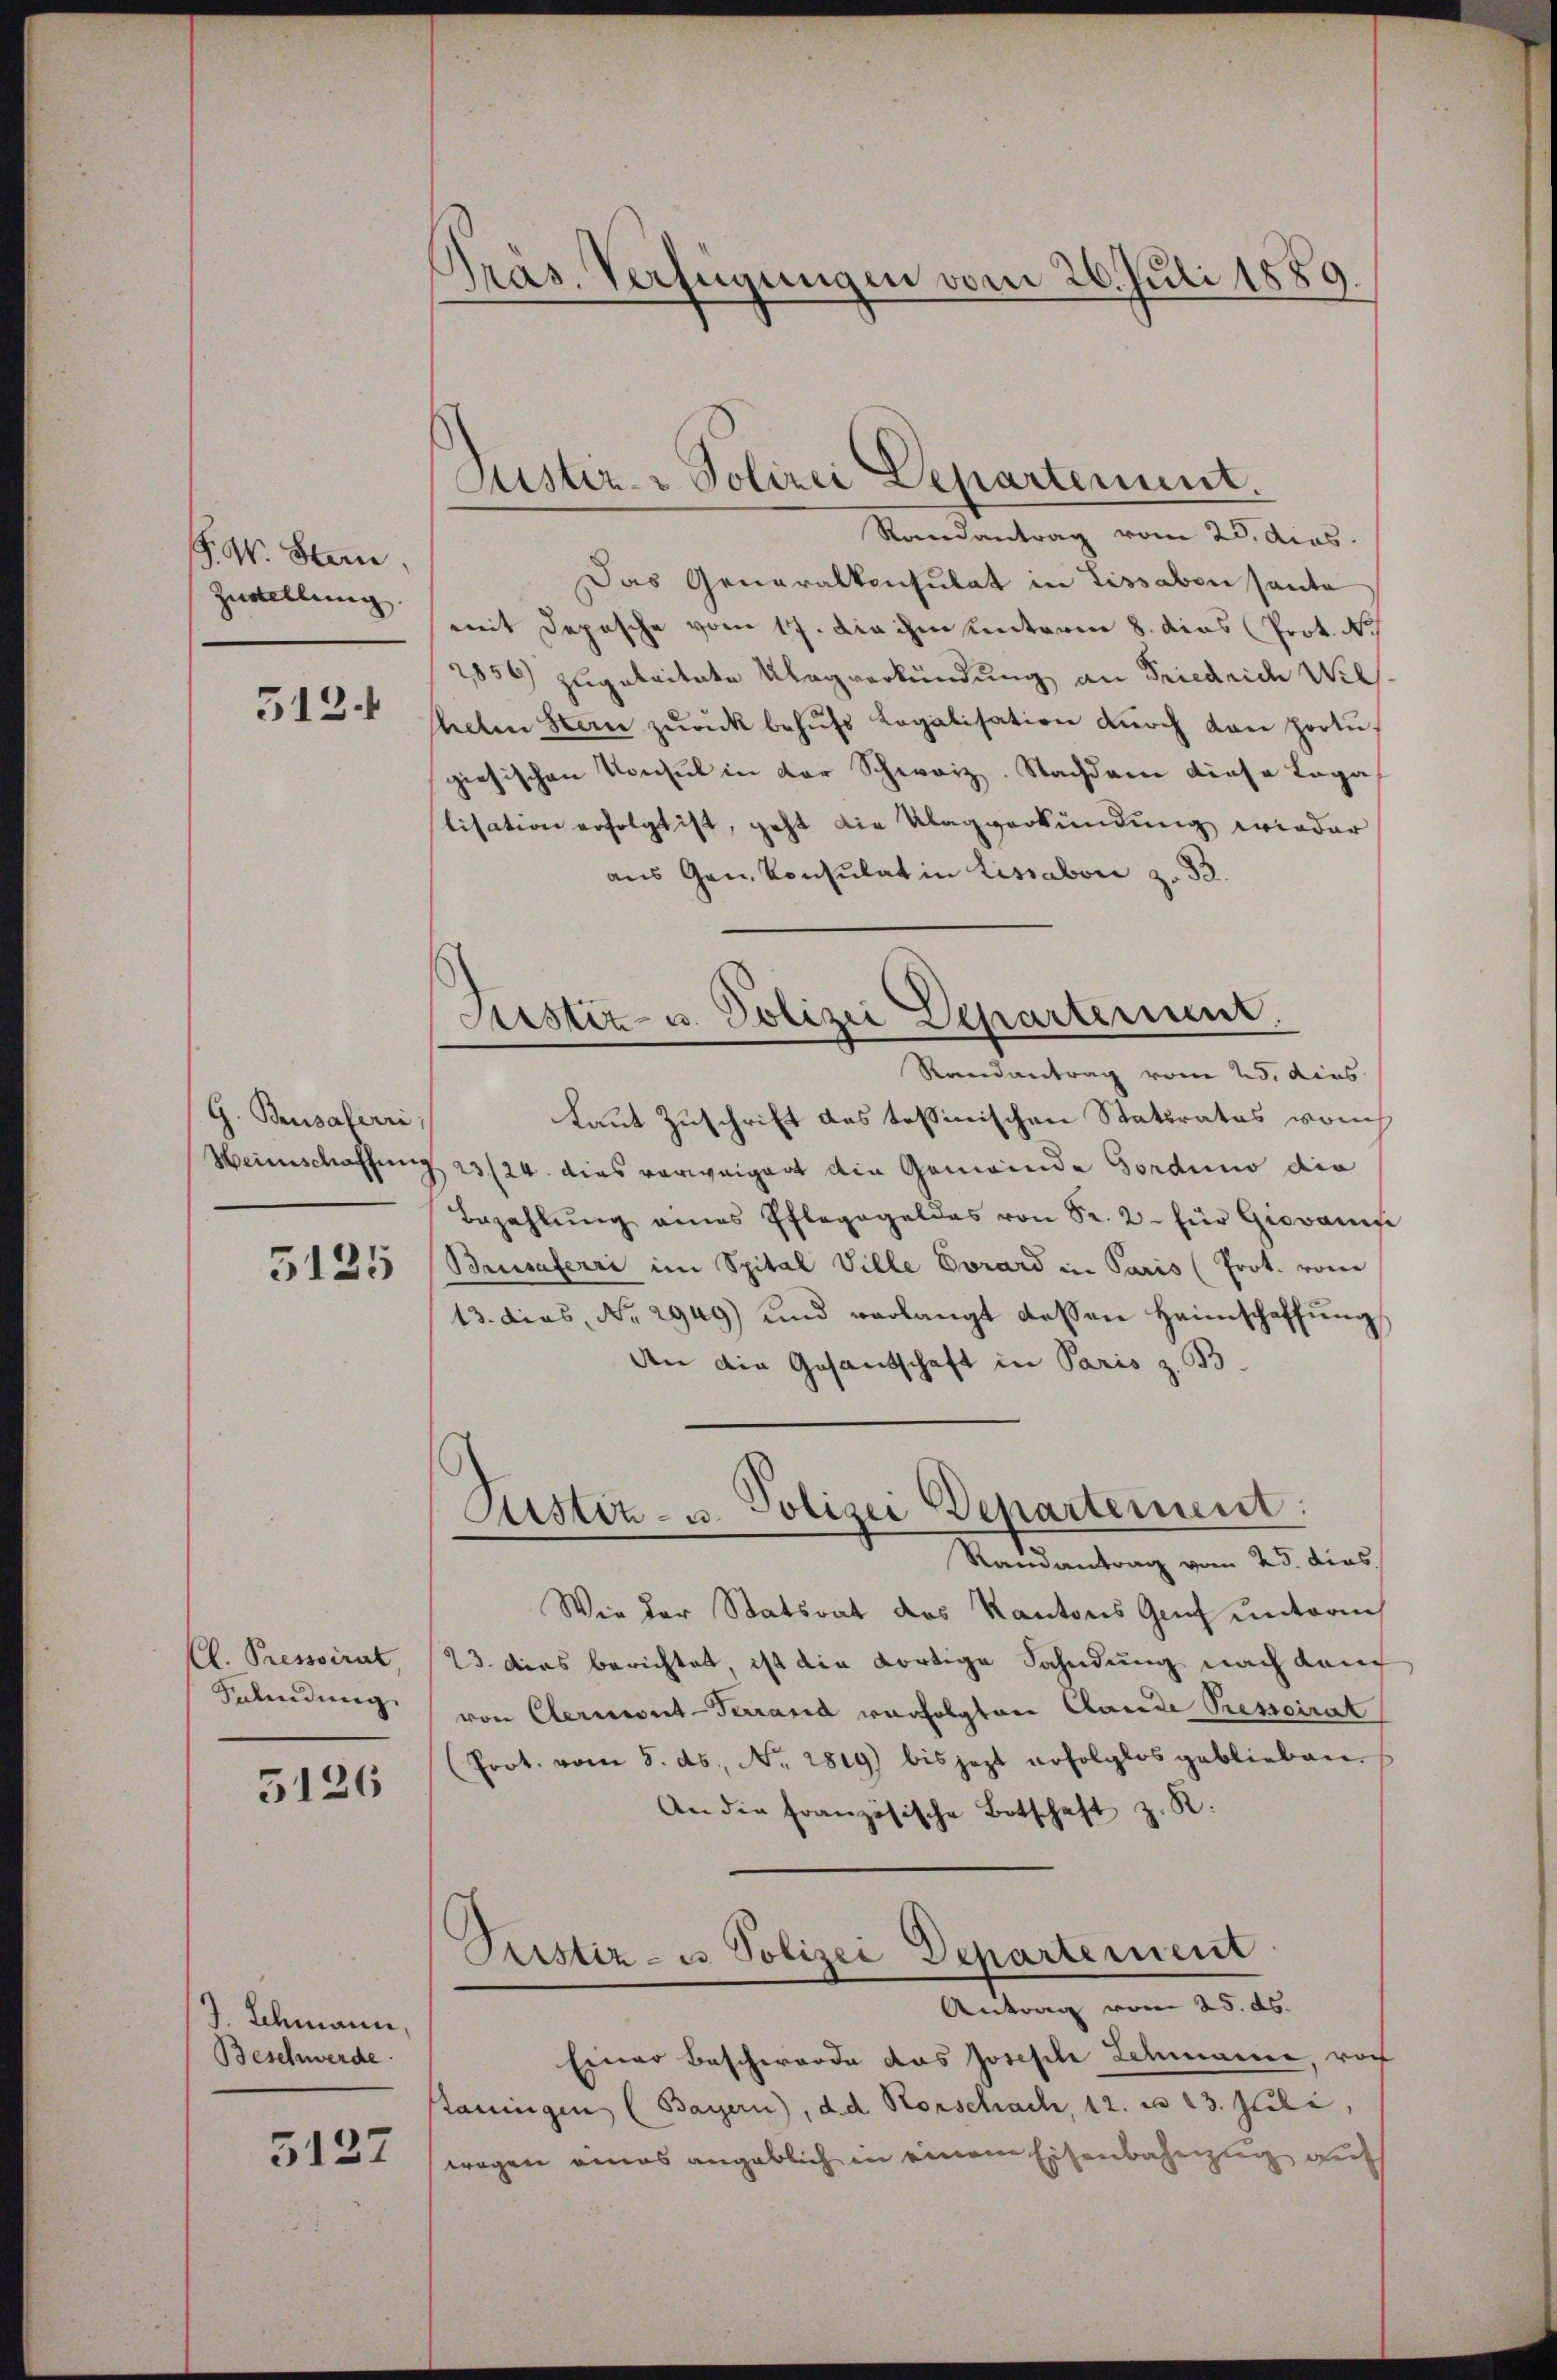
F. W. Stern.
Zustellung

512.

G. Brusaferri
Heinschaffung

5125

Cl. Pressirat,
Selindung

5126

J. Schmann,
Beschwerde.

5127

Pras. Verfügungen vom 26. Juli 1889.

Suster- & Polizei Departement.

Randantrag vom 25. ders.
Das Generalkonsulat in Lissabon sauto
mit Depesche vom 17. die ihm unterm 8. dies Prot. N.
2856) zugeleitete Klagverkündung an Friedrich Weil
heben Stern zŭrück behŭfs Legalisation dŭrch von portŭ
giesischen Konsul in der Schweiz. Nachdem diese Lega
slisation erfolgt ist, geht die Klagverkündung wieder
aus Gen. Konsulat in Lissabon z. 33.
Randantrag vom 25. dies
Laut Zuschrift das tessinischen Staturates von
23/24. dies vorweigent die Gemeinde Gorduno die
Bezahlŭng eines Pfleggeldes von Sr. 2. für Giovanife
Brusaferri im Spital Ville Vorard in Paris (Prot. vom
13. dies, No. 2949) und verlangt dessen Heimschaffŭng
An die Gesandtschaft in Paris z. B.
Justiz- u. Polizei Departement:
Ramantrag vom 25. dies
Wie der Statsrat des Kantons Genf unterm
23 dies berichtet ist die dortige Sahndung nach Kauf
von Cernent-Terrand verfolgten Lande Pressoirat
(Prot. vom 5. ds., Nr. 2819) bis jezt erfolglos geblieben
An die Französische Botschaft z. R.
Pristiz- u. Polizei Departement
Antrag vom 25. ds.
Einer Beschwerde das Joseph Schmanne vor
tauungen (Bayern), d. d. Rorschach, 12. u 23. Juli,
wegen eines angeblich in einem Eisenbahnzug auf

Justiz- u. Polizei Departement